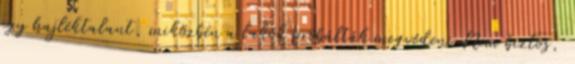
egy hajléktalant, miközben a lakók próbálták megvédeni Nem biztos,